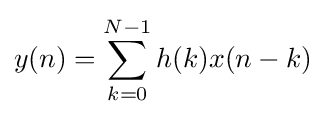
y(n)=\sum _{k=0}^{N-1}{h(k)x(n-k)}